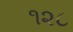
૧૨૮